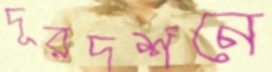
দূরদর্শনে